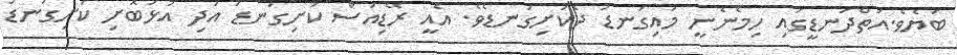
ބަޔެވެ.އަތްދަނޑީގައި ހިމެނެނީ މައިގަނޑު ދެކަށިގަނޑެވެ. އެއީ ރޭޑިއަސް ކަށިގަނޑު އަދި އުޅަބޮށި ކަށިގަނޑު